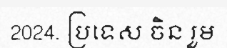
2024. ប្រទេស ចិន រួម